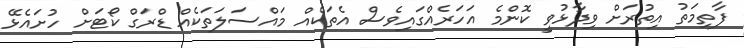
ފާތިމަތު އިތުރަށް ވިދާޅުވީ ކޮންމެ އަހަރެއްގައިވެސް އެތަކެއް މައްސަލަތަކެއް ޑްރަގް ކޯޓަށް ހުށައެޅޭ